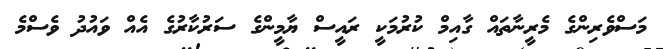
މަސްވެރިންގެ މެރީނާތައް ގާއިމް ކުރުމަކީ ރައީސް ޔާމީންގެ ސަރުކާރުގެ އެއް ވައުދު ވެސްމެ